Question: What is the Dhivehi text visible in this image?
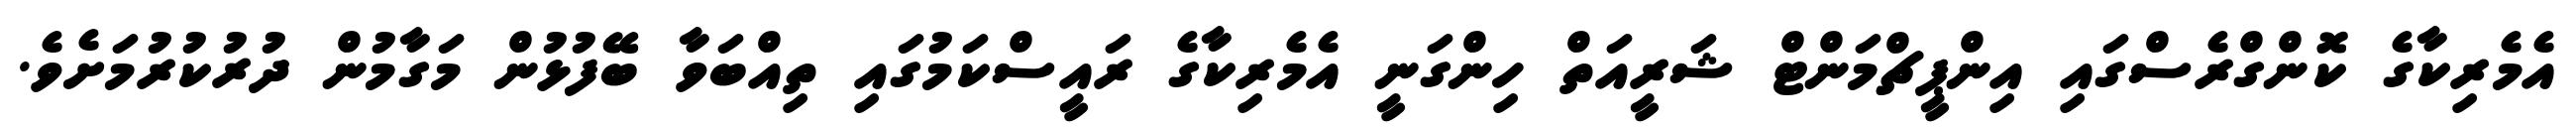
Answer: އެމެރިކާގެ ކޮންގްރެސްގައި އިންޕީޗްމަންޓް ޝަރީއަތް ހިންގަނީ އެމެރިކާގެ ރައީސްކަމުގައި ތިއްބަވާ ބޭފުޅުން މަގާމުން ދުރުކުރުމަށެވެ.